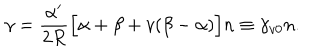
\gamma = \frac { \alpha ^ { \prime } } { 2 R } \Big [ \alpha + \beta + v ( \beta - \alpha ) \Big ] n \equiv \gamma _ { v 0 } n .